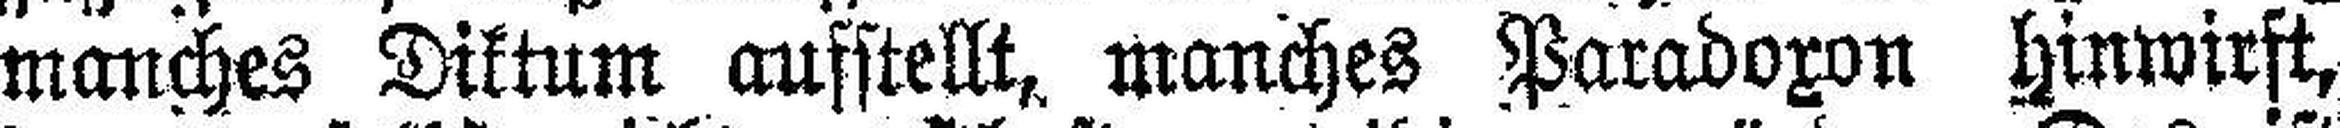
manches Diktum aufstellt, manches Paradoxon hinwirft,